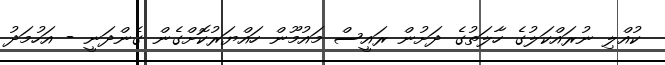
ކުއްލި ނުރައްކަލުގެ ހާލަތުގެ ދަށުން ރައީސް މައުމޫން ހައްޔަރުކޮށްގެން ގެންދަނީ - އަހުމަދު